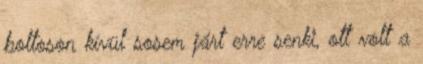
boltoson kívül sosem járt erre senki, ott volt a